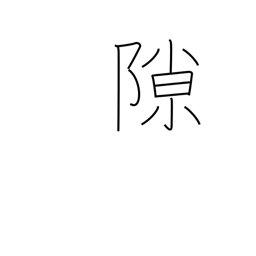
Meaning: crevice